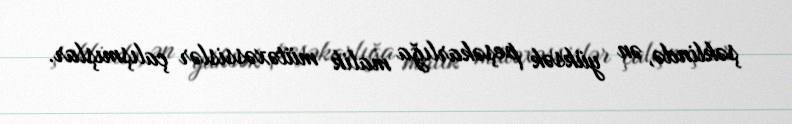
şəklində, ən yüksək peşəkarlığa malik mütəxəssislər çalışmışlar.